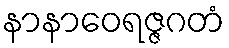
နာနာဝေရဇ္ဇဂတံ